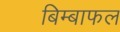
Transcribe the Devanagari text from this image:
बिम्बाफल